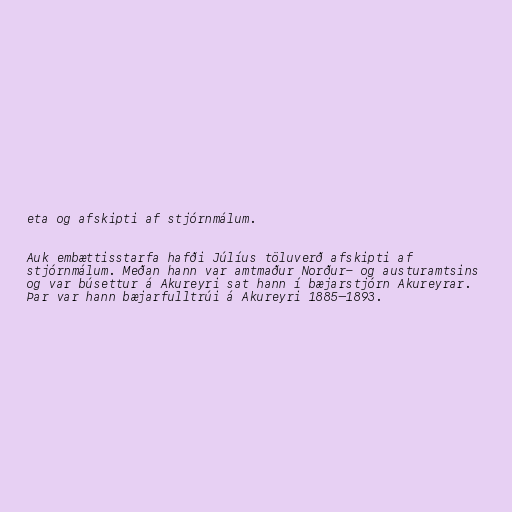
eta og afskipti af stjórnmálum.

Auk embættisstarfa hafði Júlíus töluverð afskipti af
stjórnmálum. Meðan hann var amtmaður Norður- og austuramtsins
og var búsettur á Akureyri sat hann í bæjarstjórn Akureyrar.
Þar var hann bæjarfulltrúi á Akureyri 1885—1893.